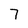
Character: 7